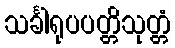
သင်္ခါရုပပတ္တိသုတ္တံ